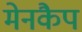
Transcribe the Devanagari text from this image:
मेनकैप